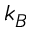
k _ { B }